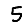
Digit: 5